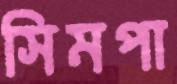
সিমপা